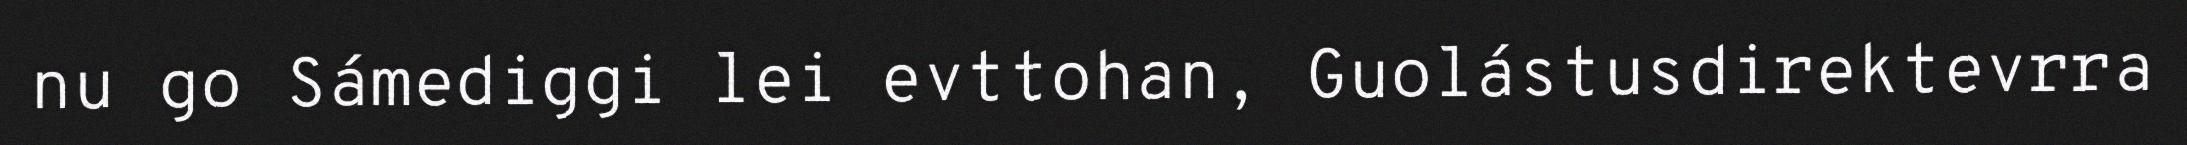
nu go Sámediggi lei evttohan, Guolástusdirektevrra